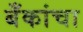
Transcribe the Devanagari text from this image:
बँकांचा